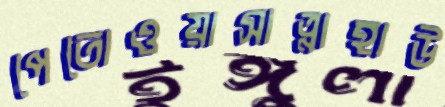
পেতোওয়াসাত্নাহাউ